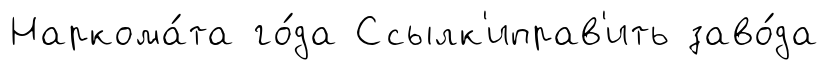
Наркома́та го́да Ссылк'иправ'ить заво́да